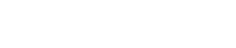
ဘဝမှတ်တမ်းမှာ ပါရှိပါတယ်။